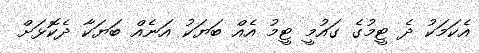
އެކަމަކު ދެ ޓީމުގެ ގައުމީ ޓީމު އެއް ބަޔަކު އަނެއް ބަޔަކާ ދެކޮޅަށް